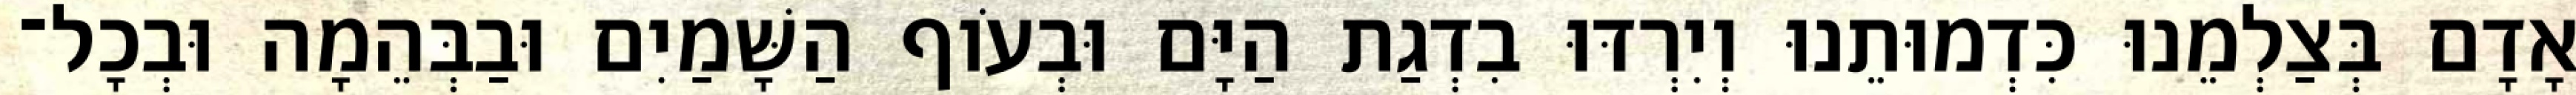
אָדָם בְּצַלְמֵנוּ כִּדְמוּתֵנוּ וְיִרְדּוּ בִדְגַת הַיָּם וּבְעֹוף הַשָּׁמַיִם וּבַבְּהֵמָה וּבְכָל־